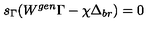
s _ { \Gamma } ( W ^ { g e n } \Gamma - \chi \Delta _ { b r } ) = 0